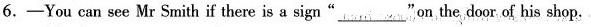
6.-You can see Mr Smith if there is a sign""on the,door of his shop.